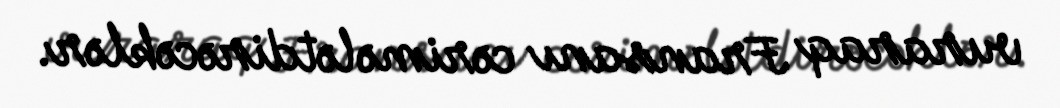
vuraraq Fransanı cərimələtdirəcəklər.